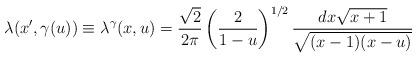
LaTeX: \begin{align*}\lambda(x',\gamma(u)) \equiv \lambda^{\gamma} (x,u) =\frac{\sqrt2}{2\pi} \left( \frac{2}{1-u}\right)^{1/2} \frac{dx\sqrt{x+1}}{\sqrt{(x-1)(x-u)}}\end{align*}